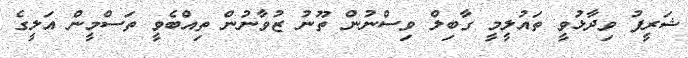
ޝަރީފު ވިދާޅުވީ ތައުލީމީ ގާބިލް ވިސްނުން ތޫނު ޒުވާނުން ތިއްބެވީ ތަސްމީން އަލީގެ